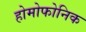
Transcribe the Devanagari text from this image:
होमोफोनिक